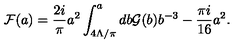
{ \cal F } ( a ) = { \frac { 2 i } { \pi } } a ^ { 2 } \int _ { 4 \Lambda / \pi } ^ { a } d b { \cal G } ( b ) b ^ { - 3 } - { \frac { \pi i } { 1 6 } } a ^ { 2 } .